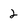
Character: 2